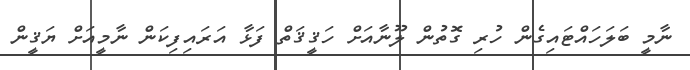
ނާމީ ބަލަހައްޓައިގެން ހުރި ގޮތުން ލޫނާއަށް ހަޤީޤަތް ފަޅާ އަރައިފިކަން ނާމީއަށް ޔަޤީން